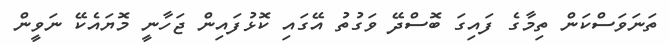
ތަނަވަސްކަން ތިމާގެ ފައިގަ ބޮސްދޭ ވަގުތު އޭގައި ކޮޅުފައިން ޖަހާނީ މޮޔައެކޭ ނަވީން